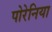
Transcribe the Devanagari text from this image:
पोरेनिया